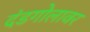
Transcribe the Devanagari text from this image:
दंडगोलावर